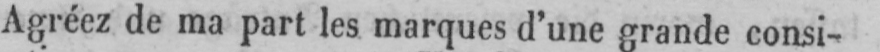
Agréez de ma part les marques d’une grande consi-